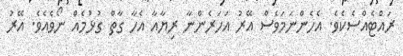
ރައްޓެއްސެކެވެ. އެހެންނަމަވެސް އޭރު އަހަރެންނާ ރިޔާއާ އެހާ ގާތް ގުޅުމެއް ނޯވެއެވެ. އޭރު